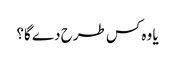
یا وہ کس طرح دے گا؟